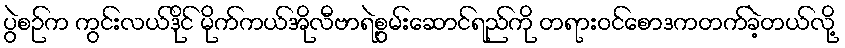
ပွဲစဉ်က ကွင်းလယ်ဒိုင် မိုက်ကယ်အိုလီဗာရဲ့စွမ်းဆောင်ရည်ကို တရားဝင်စောဒကတက်ခဲ့တယ်လို့